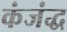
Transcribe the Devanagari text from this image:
कंजंद्ध